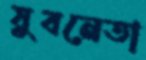
যুবনেতা